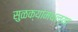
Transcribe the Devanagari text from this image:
सुळक्यांमधल्या